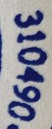
310490